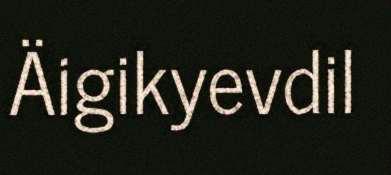
Äigikyevdil